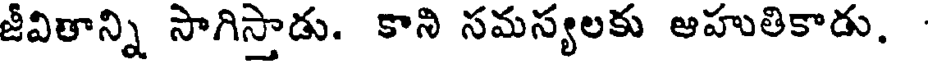
జీవితాన్ని సాగిస్తాడు. కాని సమస్యలకు ఆహుతికాడు.